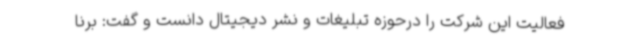
فعالیت این شرکت را درحوزه تبلیغات و نشر دیجیتال دانست و گفت: برنا